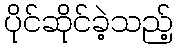
ပိုင်ဆိုင်ခဲ့သည့်